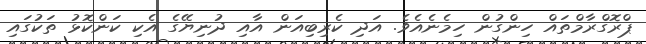
ޕްރޮގްރާމްތައް ހިންގުން ހިމެނެއެވެ. އަދި ކެރިބިއަން އާއި ދުނިޔޭގެ އެކި ކަންކޮޅު ތަކުގައި